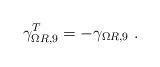
LaTeX: \begin{align*}\gamma_{\Omega R,9}^T=-\gamma_{\Omega R,9}~.\end{align*}